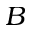
B